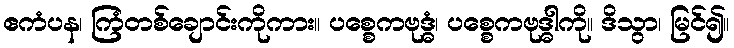
ဧကံပန၊ ကြံတစ်ချောင်းကိုကား။ ပစ္စေကဗုဒ္ဓံ၊ ပစ္စေကဗုဒ္ဓါကို။ ဒိသွာ၊ မြင်၍။